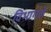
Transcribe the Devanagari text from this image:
विभागलं